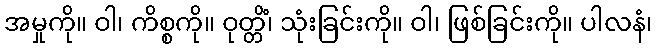
အမှုကို။ ဝါ၊ ကိစ္စကို။ ဝုတ္တိံ၊ သုံးခြင်းကို။ ဝါ၊ ဖြစ်ခြင်းကို။ ပါလနံ၊